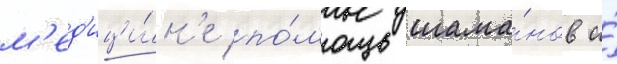
м'ед'ици́н'е по́мощь шама́нов и́